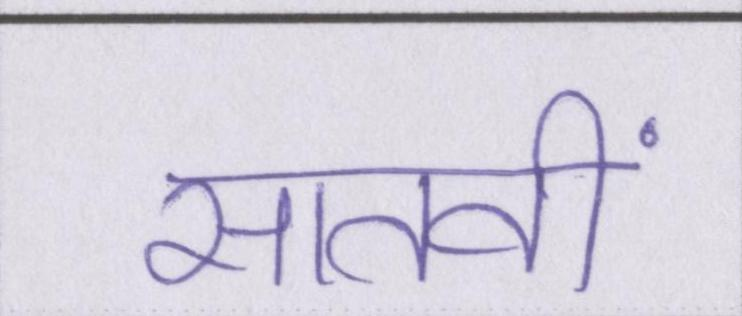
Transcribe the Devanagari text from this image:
सातवीं